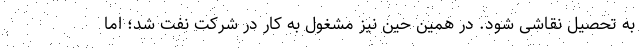
به تحصیل نقاشی شود. در همین حین نیز مشغول به کار در شرکت نفت شد؛ اما